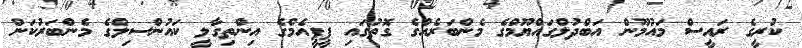
ކުރީގެ ރައީސް މައުމޫން އަބްދުލްގައްޔޫމްގެ މެންބަރެއްގެ ގޮތުގައި ޕީޕީއެމްގެ އިންތިގާލީ ކައުންސިލްގެ މެންބަރުކަން